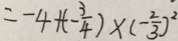
= - 4 + ( - \frac { 3 } { 4 } ) \times ( - \frac { 2 } { 3 } ) ^ { 2 }